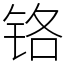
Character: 铬